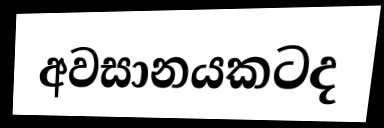
අවසානයකටද